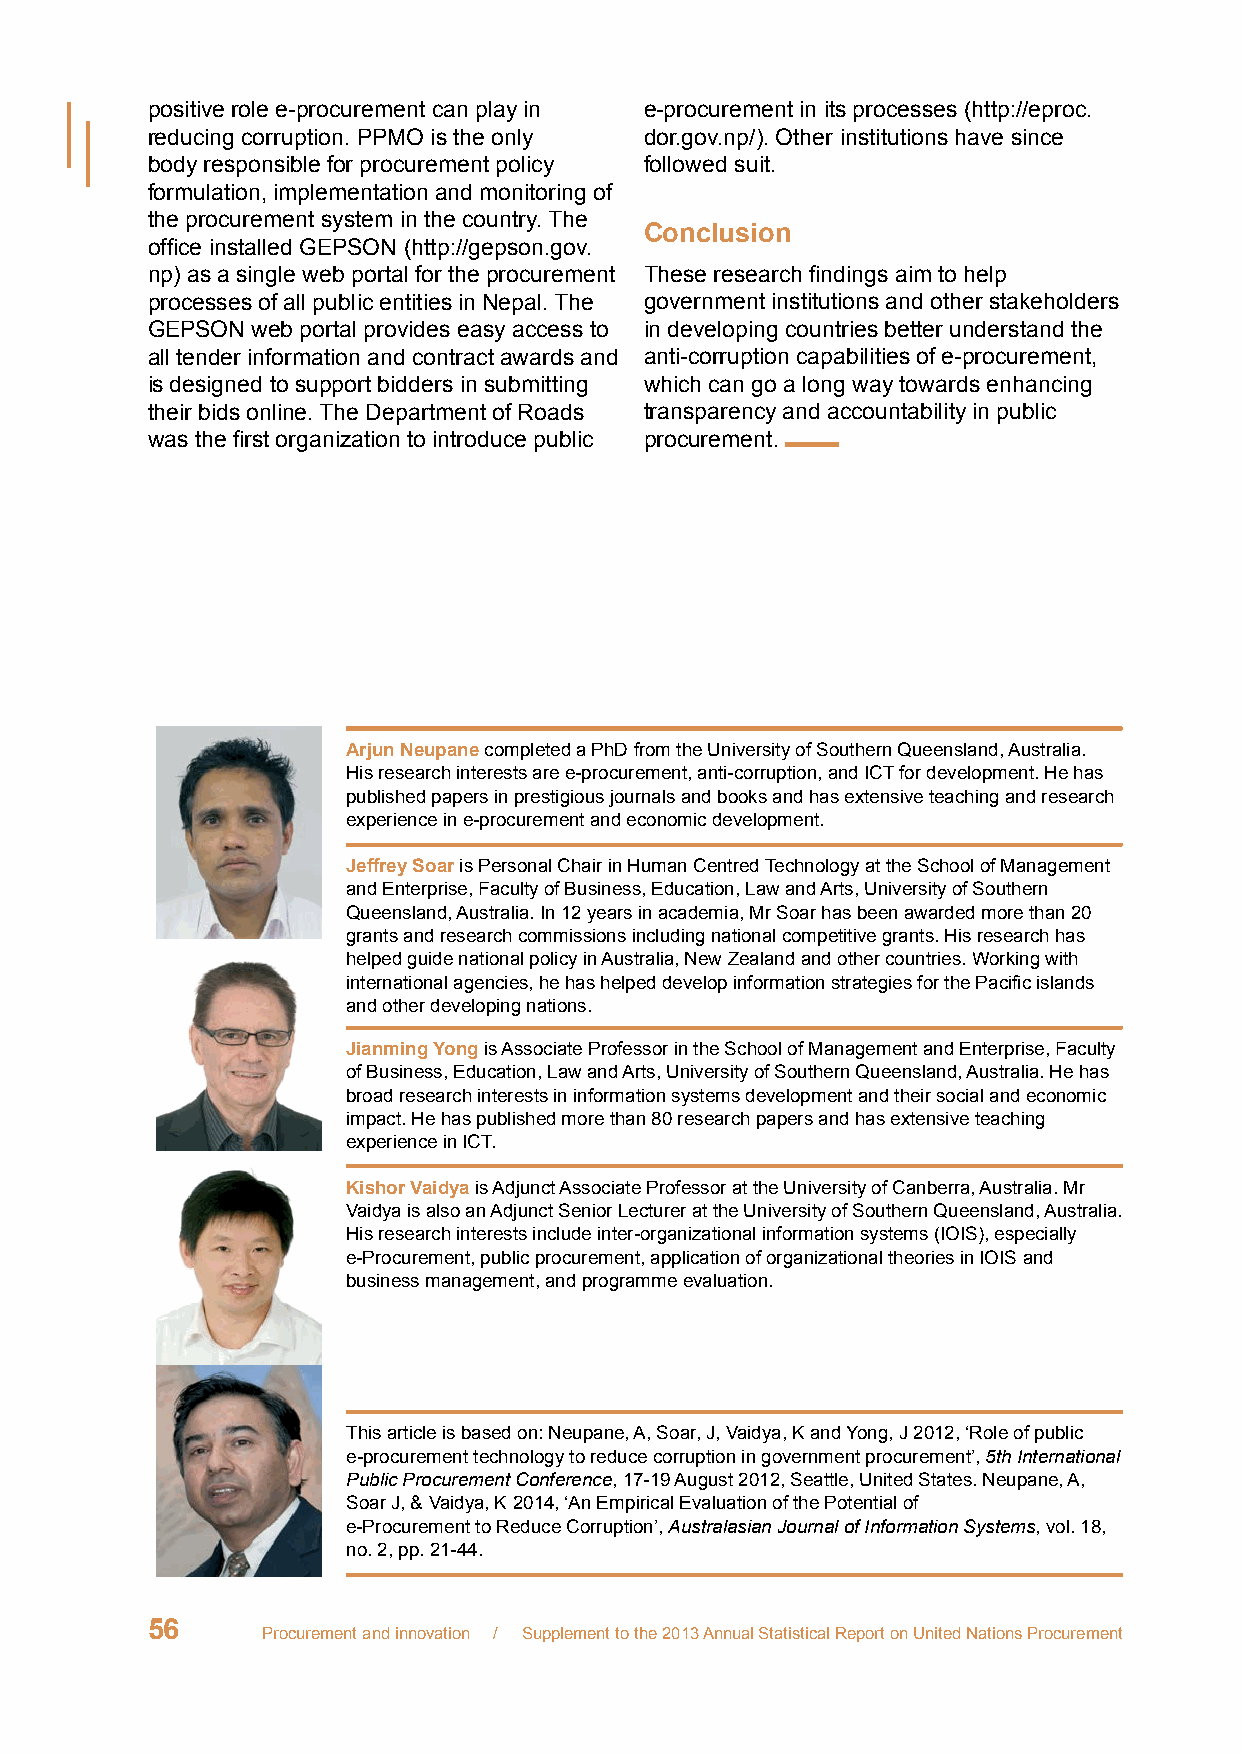
positive role e-procurement can play in e-procurement in its processes (http://eproc.
 reducing corruption. PPMO is the only dor.gov.np/). Other institutions have since
 body responsible for procurement policy followed suit.
 formulation, implementation and monitoring of
 the procurement system in the country. The
 Conclusion
 office installed GEPSON (http://gepson.gov.
 np) as a single web portal for the procurement These research findings aim to help
 processes of all public entities in Nepal. The government institutions and other stakeholders
 GEPSON web portal provides easy access to in developing countries better understand the
 all tender information and contract awards and anti-corruption capabilities of e-procurement,
 is designed to support bidders in submitting which can go a long way towards enhancing
 their bids online. The Department of Roads transparency and accountability in public
 was the first organization to introduce public procurement.
 Arjun Neupane completed a PhD from the University of Southern Queensland, Australia.
 His research interests are e-procurement, anti-corruption, and ICT for development. He has
 published papers in prestigious journals and books and has extensive teaching and research
 experience in e-procurement and economic development.
 Jeffrey Soar is Personal Chair in Human Centred Technology at the School of Management
 and Enterprise, Faculty of Business, Education, Law and Arts, University of Southern
 Queensland, Australia. In 12 years in academia, Mr Soar has been awarded more than 20
 grants and research commissions including national competitive grants. His research has
 helped guide national policy in Australia, New Zealand and other countries. Working with
 international agencies, he has helped develop information strategies for the Pacific islands
 and other developing nations.
 Jianming Yong is Associate Professor in the School of Management and Enterprise, Faculty
 of Business, Education, Law and Arts, University of Southern Queensland, Australia. He has
 broad research interests in information systems development and their social and economic
 impact. He has published more than 80 research papers and has extensive teaching
 experience in ICT.
 Kishor Vaidya is Adjunct Associate Professor at the University of Canberra, Australia. Mr
 Vaidya is also an Adjunct Senior Lecturer at the University of Southern Queensland, Australia.
 His research interests include inter-organizational information systems (IOIS), especially
 e-Procurement, public procurement, application of organizational theories in IOIS and
 business management, and programme evaluation.
 This article is based on: Neupane, A, Soar, J, Vaidya, K and Yong, J 2012, ‘Role of public
 e-procurement technology to reduce corruption in government procurement’, 5th International
 Public Procurement Conference, 17-19 August 2012, Seattle, United States. Neupane, A,
 Soar J, & Vaidya, K 2014, ‘An Empirical Evaluation of the Potential of
 e-Procurement to Reduce Corruption’, Australasian Journal of Information Systems, vol. 18,
 no. 2, pp. 21-44.
 56
 Procurement and innovation / Supplement to the 2013 Annual Statistical Report on United Nations Procurement